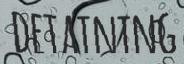
DETAINING